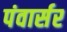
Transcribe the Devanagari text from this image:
पंवार्सर